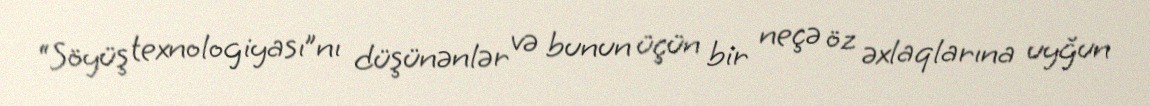
“Söyüş texnologiyası”nı düşünənlər və bunun üçün bir neçə öz əxlaqlarına uyğun